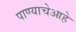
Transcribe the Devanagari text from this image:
पाण्याचेआहे